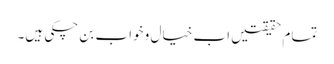
تمام حقیقتیں اب خیال و خواب بن چکی ہیں۔